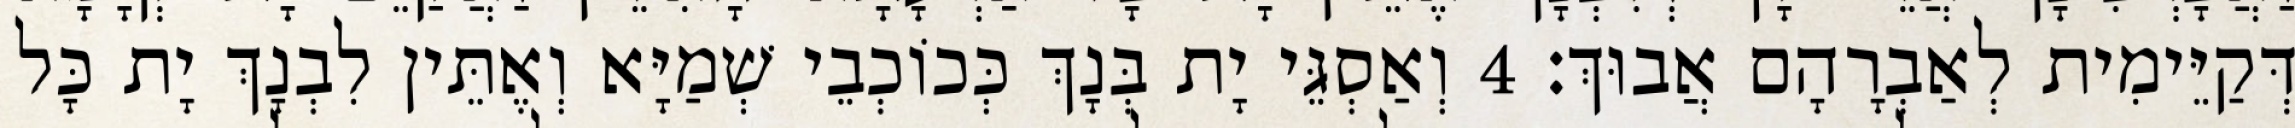
דְּקַיֵּימִית לְאַבְרָהָם אֲבוּךְ׃ 4 וְאַסְגֵּי יָת בְּנָךְ כְּכוֹכְבֵי שְׁמַיָּא וְאֶתֵּין לִבְנָךְ יָת כָּל